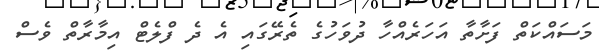
މަސައްކަތް ފަށާތާ އަހަރެއްހާ ދުވަހުގެ ތެރޭގައި އެ ދެ ފްލެޓް އިމާރާތް ވެސް